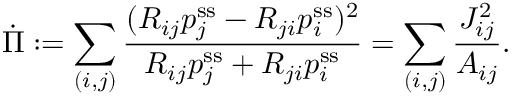
\dot { \Pi } : = \sum _ { ( i , j ) } \frac { ( R _ { i j } p _ { j } ^ { \mathrm { s s } } - R _ { j i } p _ { i } ^ { \mathrm { s s } } ) ^ { 2 } } { R _ { i j } p _ { j } ^ { \mathrm { s s } } + R _ { j i } p _ { i } ^ { \mathrm { s s } } } = \sum _ { ( i , j ) } \frac { J _ { i j } ^ { 2 } } { A _ { i j } } .